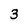
Character: 3